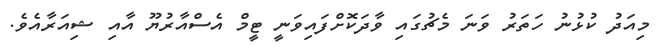
މިއަދު ކުޅުނު ހަތަރު ވަނަ މެޗުގައި ވާދަކޮށްފައިވަނީ ޓީމް އެސްއާރުޔޫ އާއި ޝިއަރާއެވެ.